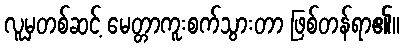
လူမှတစ်ဆင့် မေတ္တာကူးစက်သွားတာ ဖြစ်တန်ရာ၏။